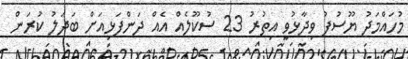
މުހައްމަދު ޔޫސުފު ވިދާޅުވީ އިތުރު 23 ސުކޫލެއް އެއް ދަންފަޅިއަށް ބަދަލު ކުރަން